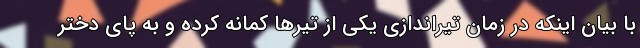
با بیان اینکه در زمان تیراندازی یکی از تیرها کمانه کرده و به پای دختر